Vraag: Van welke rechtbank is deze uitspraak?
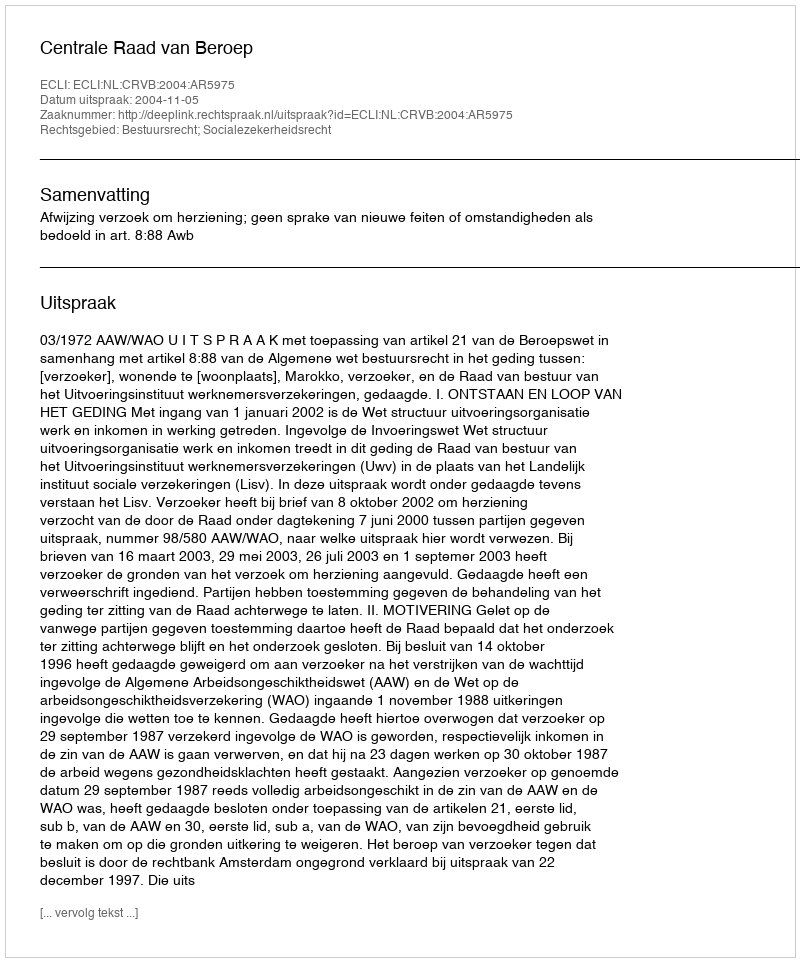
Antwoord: Centrale Raad van Beroep